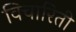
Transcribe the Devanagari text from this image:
विचारिती